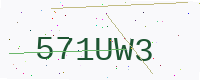
Text: 571UW3